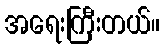
အရေးကြီးတယ်။